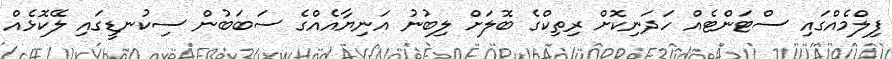
ފިލްމެއްގައި ސްޓަންޓެއް ހަދަނިކޮށް ރިތިކްގެ ބޮލަށް ލިބުނު އަނިޔާއެއްގެ ސަބަބުން ސިކުނޑީގައި ލޭކޮޅެއް